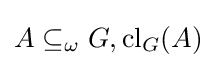
A\subseteq _{\omega }G,\operatorname {cl} _{G}(A)